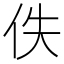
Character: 佚